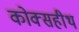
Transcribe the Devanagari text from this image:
कोक्सहीथ